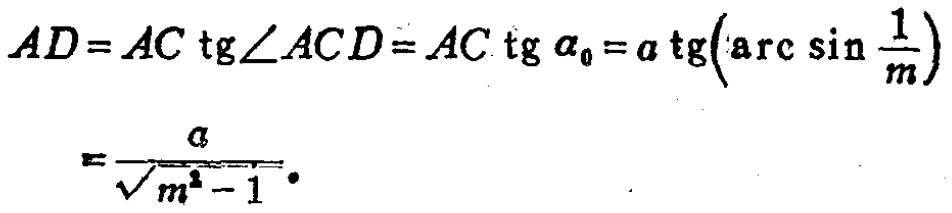
\[

\begin{align*}

AD&=AC\ \mathrm{tg}\angle ACD = AC\ \mathrm{tg}\ \alpha_{0}=a\ \mathrm{tg}\left(\mathrm{arc}\sin\frac{1}{m}\right)\\

&=\frac{a}{\sqrt{m^{2}-1}}.

\end{align*}

\]